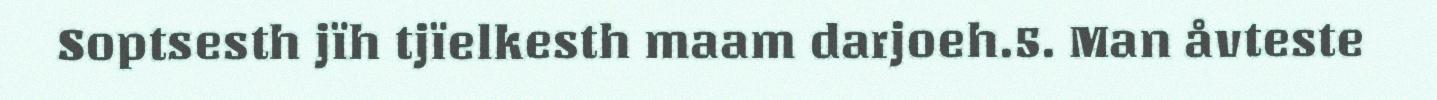
Soptsesth jïh tjïelkesth maam darjoeh.5. Man åvteste